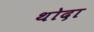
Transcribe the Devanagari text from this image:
थोदा